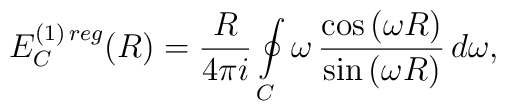
E_C^{(1)\,reg}(R)=\frac{R}{4\pi i} \oint\limits_{C}^{} \omega\,\frac{\cos{(\omega R)}}{\sin{(\omega R)}}\, d \omega,